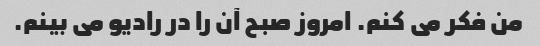
من فکر می کنم. امروز صبح آن را در رادیو می بینم.